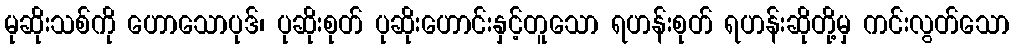
မုဆိုးသစ်ကို ဟောသောပုဒ်၊ ပုဆိုးစုတ် ပုဆိုးဟောင်းနှင့်တူသော ရဟန်းစုတ် ရဟန်းဆိုတို့မှ ကင်းလွတ်သော